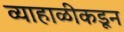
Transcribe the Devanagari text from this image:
व्याहाळीकडून